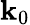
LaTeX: \textbf{k}_{0}